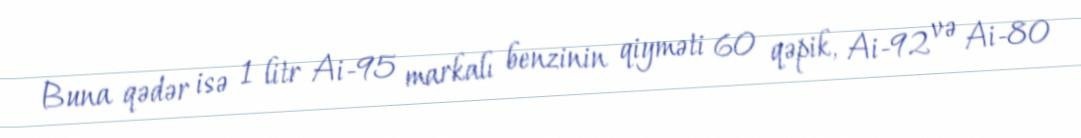
Buna qədər isə 1 litr Ai-95 markalı benzinin qiyməti 60 qəpik, Ai-92 və Ai-80